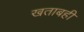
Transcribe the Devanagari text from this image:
खताबही